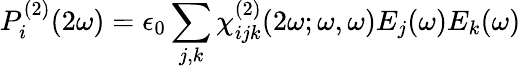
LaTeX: P_{i}^{(2)}(2\omega)=\epsilon_{0}\sum_{j,k}\chi_{ijk}^{(2)}(2\omega;\omega,\omega)E_{j}(\omega)E_{k}(\omega)